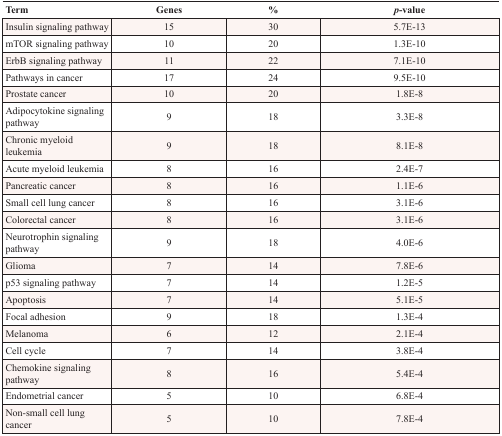
<table><thead><tr><td><b>Term</b></td><td><b>Genes</b></td><td><b>%</b></td><td><b><i>p</i>-value</b></td></tr></thead><tbody><tr><td>Insulin signaling pathway</td><td>15</td><td>30</td><td>5.7E-13</td></tr><tr><td>mTOR signaling pathway</td><td>10</td><td>20</td><td>1.3E-10</td></tr><tr><td>ErbB signaling pathway</td><td>11</td><td>22</td><td>7.1E-10</td></tr><tr><td>Pathways in cancer</td><td>17</td><td>24</td><td>9.5E-10</td></tr><tr><td>Prostate cancer</td><td>10</td><td>20</td><td>1.8E-8</td></tr><tr><td>Adipocytokine signaling pathway</td><td>9</td><td>18</td><td>3.3E-8</td></tr><tr><td>Chronic myeloid leukemia</td><td>9</td><td>18</td><td>8.1E-8</td></tr><tr><td>Acute myeloid leukemia</td><td>8</td><td>16</td><td>2.4E-7</td></tr><tr><td>Pancreatic cancer</td><td>8</td><td>16</td><td>1.1E-6</td></tr><tr><td>Small cell lung cancer</td><td>8</td><td>16</td><td>3.1E-6</td></tr><tr><td>Colorectal cancer</td><td>8</td><td>16</td><td>3.1E-6</td></tr><tr><td>Neurotrophin signaling pathway</td><td>9</td><td>18</td><td>4.0E-6</td></tr><tr><td>Glioma</td><td>7</td><td>14</td><td>7.8E-6</td></tr><tr><td>p53 signaling pathway</td><td>7</td><td>14</td><td>1.2E-5</td></tr><tr><td>Apoptosis</td><td>7</td><td>14</td><td>5.1E-5</td></tr><tr><td>Focal adhesion</td><td>9</td><td>18</td><td>1.3E-4</td></tr><tr><td>Melanoma</td><td>6</td><td>12</td><td>2.1E-4</td></tr><tr><td>Cell cycle</td><td>7</td><td>14</td><td>3.8E-4</td></tr><tr><td>Chemokine signaling pathway</td><td>8</td><td>16</td><td>5.4E-4</td></tr><tr><td>Endometrial cancer</td><td>5</td><td>10</td><td>6.8E-4</td></tr><tr><td>Non-small cell lung cancer</td><td>5</td><td>10</td><td>7.8E-4</td></tr></tbody></table>